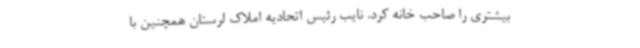
بیشتری را صاحب خانه کرد. نایب‌ رئیس اتحادیه املاک لرستان همچنین با